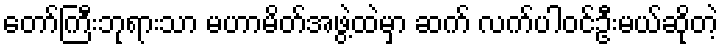
တော်ကြီးဘုရားသာ မဟာမိတ်အဖွဲ့ထဲမှာ ဆက် လက်ပါဝင်ဦးမယ်ဆိုတဲ့